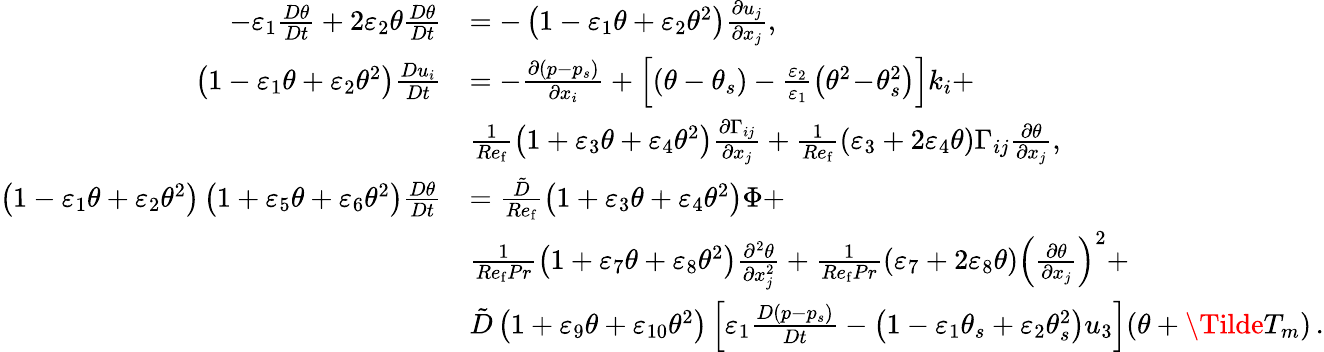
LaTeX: \begin{array}{rl}{-\varepsilon_{1}\frac{D\theta}{Dt}+2\varepsilon_{2}\theta\frac{D\theta}{Dt}}&{=-\left(1-\varepsilon_{1}\theta+\varepsilon_{2}\theta^{2}\right)\frac{\partial u_{j}}{\partial x_{j}},}\\ {\left(1-\varepsilon_{1}\theta+\varepsilon_{2}\theta^{2}\right)\frac{Du_{i}}{Dt}}&{=-\frac{\partial\left(p-p_{s}\right)}{\partial x_{i}}+\left[\left(\theta-\theta_{s}\right)-\frac{\varepsilon_{2}}{\varepsilon_{1}}\left(\theta^{2}\! -\! \theta_{s}^{2}\right)\right]k_{i}+}\\ &{\frac{1}{Re_{\mathrm{f}}}\left(1+\varepsilon_{3}\theta+\varepsilon_{4}\theta^{2}\right)\frac{\partial\Gamma_{ij}}{\partial x_{j}}+\frac{1}{Re_{\mathrm{f}}}\left(\varepsilon_{3}+2\varepsilon_{4}\theta\right)\Gamma_{ij}\frac{\partial\theta}{\partial x_{j}},}\\ {\left(1-\varepsilon_{1}\theta+\varepsilon_{2}\theta^{2}\right)\left(1+\varepsilon_{5}\theta+\varepsilon_{6}\theta^{2}\right)\frac{D\theta}{Dt}}&{=\frac{\tilde{D}}{Re_{\mathrm{f}}}\left(1+\varepsilon_{3}\theta+\varepsilon_{4}\theta^{2}\right)\Phi+}\\ &{\frac{1}{Re_{\mathrm{f}}Pr}\left(1+\varepsilon_{7}\theta+\varepsilon_{8}\theta^{2}\right)\frac{\partial^{2}\theta}{\partial x_{j}^{2}}+\frac{1}{Re_{\mathrm{f}}Pr}\left(\varepsilon_{7}+2\varepsilon_{8}\theta\right)\left(\frac{\partial\theta}{\partial x_{j}}\right)^{2}+}\\ &{\tilde{D}\left(1+\varepsilon_{9}\theta+\varepsilon_{10}\theta^{2}\right)\left[\varepsilon_{1}\frac{D\left(p-p_{s}\right)}{Dt}-\left(1-\varepsilon_{1}\theta_{s}+\varepsilon_{2}\theta_{s}^{2}\right)u_{3}\right](\theta+\Tilde{T}_{m})\, .}\end{array}